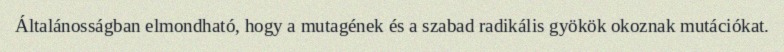
Általánosságban elmondható, hogy a mutagének és a szabad radikális gyökök okoznak mutációkat.